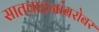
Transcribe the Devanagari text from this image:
सातवाहनांबरोबर